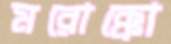
মরোক্কো